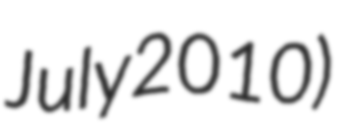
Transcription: July 2010)